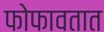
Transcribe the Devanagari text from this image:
फोफावतात